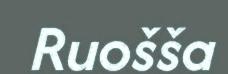
Ruošša